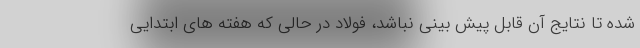
شده تا نتایج آن قابل پيش بيني نباشد، فولاد در حالی که هفته های ابتدایی